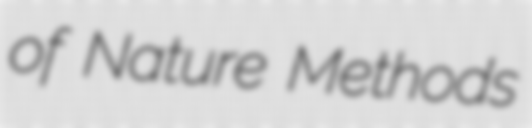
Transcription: of Nature Methods